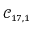
\mathcal { C } _ { 1 7 , 1 }